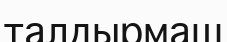
талдырмаш